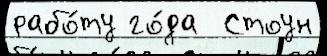
рабо́ту го́да  Стоун